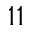
1 1